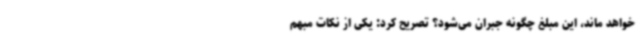
خواهد ماند، این مبلغ چگونه جبران می‌شود؟ تصریح کرد: یکی از نکات مبهم